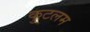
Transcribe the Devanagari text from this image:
कुटलम